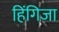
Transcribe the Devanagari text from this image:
हिंगिजा